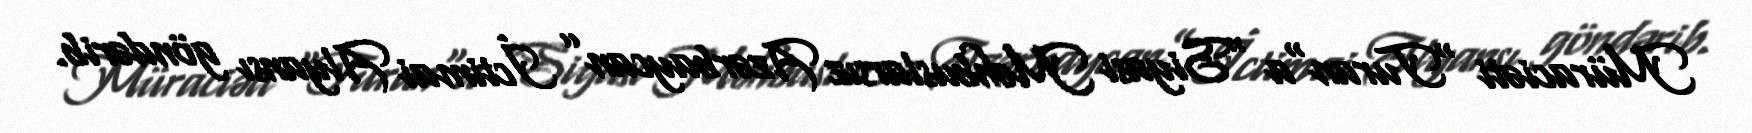
Müraciəti "Turan"a “Siyasi Məhbuslarsız Azərbaycan” İctimai Alyansı göndərib.